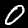
Label: 0